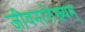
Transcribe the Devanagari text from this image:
जीवनालेख्यम्